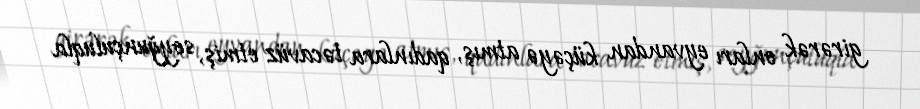
girərək onları eyvandan küçəyə atmış, qadınlara təcavüz etmiş, soyğunçuluqla